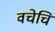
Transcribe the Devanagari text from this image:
वचेचि